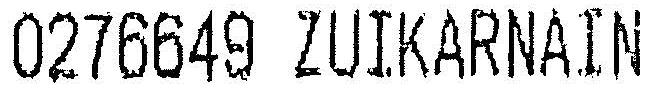
0276649 ZUIKARNAIN